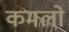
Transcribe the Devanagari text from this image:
कमलो